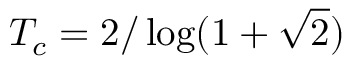
T _ { c } = 2 / \log ( 1 + \sqrt { 2 } )